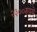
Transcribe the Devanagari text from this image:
२३००रुपये